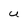
Character: U